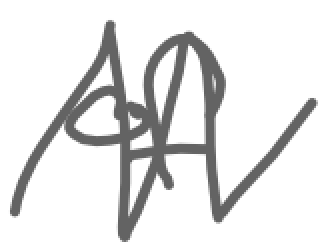
Text: of
Cross-out: zig-zag
Writing tool: digital_gray